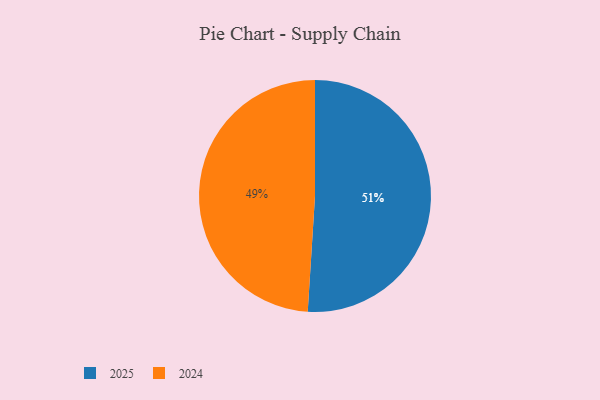
{"axis": {"x": "Category", "y": "Percentage"}, "legend": ["2024", "2025"], "data": [{"x": "2025", "y": 51, "type": "2025"}, {"x": "2024", "y": 49, "type": "2024"}]}